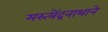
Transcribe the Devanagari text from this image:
मस्त्येंद्रनाथाने